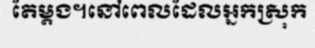
តែម្តង។នៅពេលដែលអ្នកស្រុក